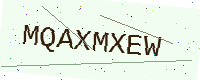
Text: MQAXMXEW